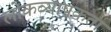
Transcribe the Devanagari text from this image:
लोकव्यापकता